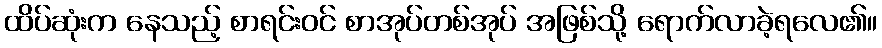
ထိပ်ဆုံးက နေသည့် စာရင်းဝင် စာအုပ်တစ်အုပ် အဖြစ်သို့ ရောက်လာခဲ့ရလေ၏။